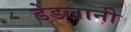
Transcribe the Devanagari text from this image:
डेडलानी